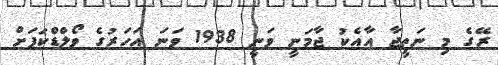
ރޭގެ މި ނަތީޖާ އާއެކު ޖާމަނީ ވަނީ 1938 ވަނަ އަހަރުގެ ވޯލްޑްކަޕަށް